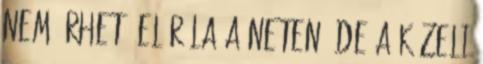
nem érhető el róla a neten, de a közeli